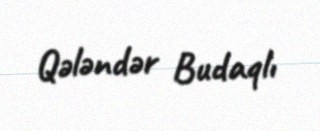
Qələndər Budaqlı